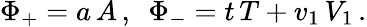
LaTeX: \Phi_{+}=a\, A\, ,\, \, \, \Phi_{-}=t\, T+v_{1}\, V_{1}\, .